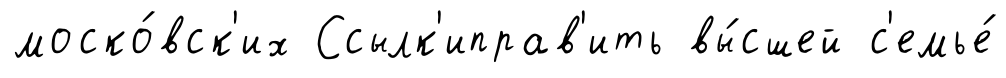
моско́вск'их Ссылк'иправ'ить вы́сшей с'емье́